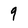
Character: 9